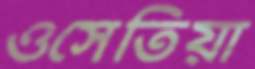
ওসেতিয়া